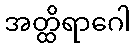
အတ္ထိရာဂေါ